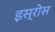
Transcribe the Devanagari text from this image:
इस्रोस